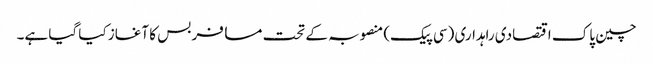
چین پاک اقتصادی راہداری (سی پیک) منصوبہ کے تحت مسافر بس کا آغاز کیا گیا ہے۔